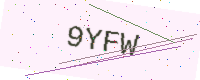
Text: 9YFW